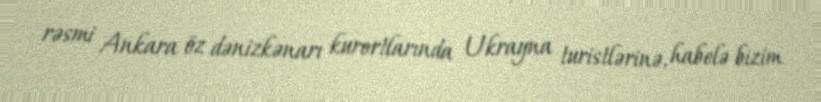
rəsmi Ankara öz dənizkənarı kurortlarında Ukrayna turistlərinə, habelə bizim